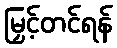
မြှင့်တင်ရန်